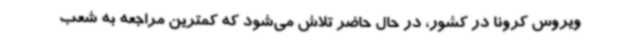
ویروس کرونا در کشور، در حال حاضر تلاش می‌شود که کمترین مراجعه به شعب